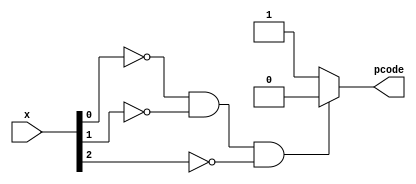
module logic_test(
input wire [3:1]x,
output reg [0:0] pcode
);

always @(x[3],x[2],x[1])

if(x[1] == 1'b0 && x[2] == 1'b0 && x[3] == 1'b0)
	pcode = 1'b0;
else pcode = 1'b1;

endmodule